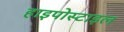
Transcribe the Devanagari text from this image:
हाइपोस्टाइल